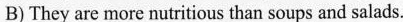
B)They are more nutritious than soups and salads.